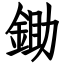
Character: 鋤